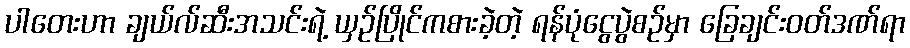
ပါတေးဟာ ချယ်လ်ဆီးအသင်းရဲ့ ယှဉ်ပြိုင်ကစားခဲ့တဲ့ ရန်ပုံငွေပွဲစဉ်မှာ ခြေချင်းဝတ်ဒဏ်ရာ